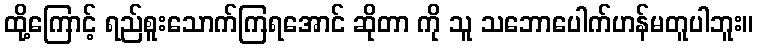
ထို့ကြောင့် ရည်စူးသောက်ကြရအောင် ဆိုတာ ကို သူ သဘောပေါက်ဟန်မတူပါဘူး။